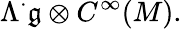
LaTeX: \Lambda^{\cdot}{\mathfrak{g}}\otimes C^{\infty}(M).